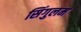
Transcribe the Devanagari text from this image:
सिंगुलम